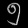
Digit: ၅